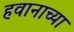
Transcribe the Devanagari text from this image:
हवानाच्या